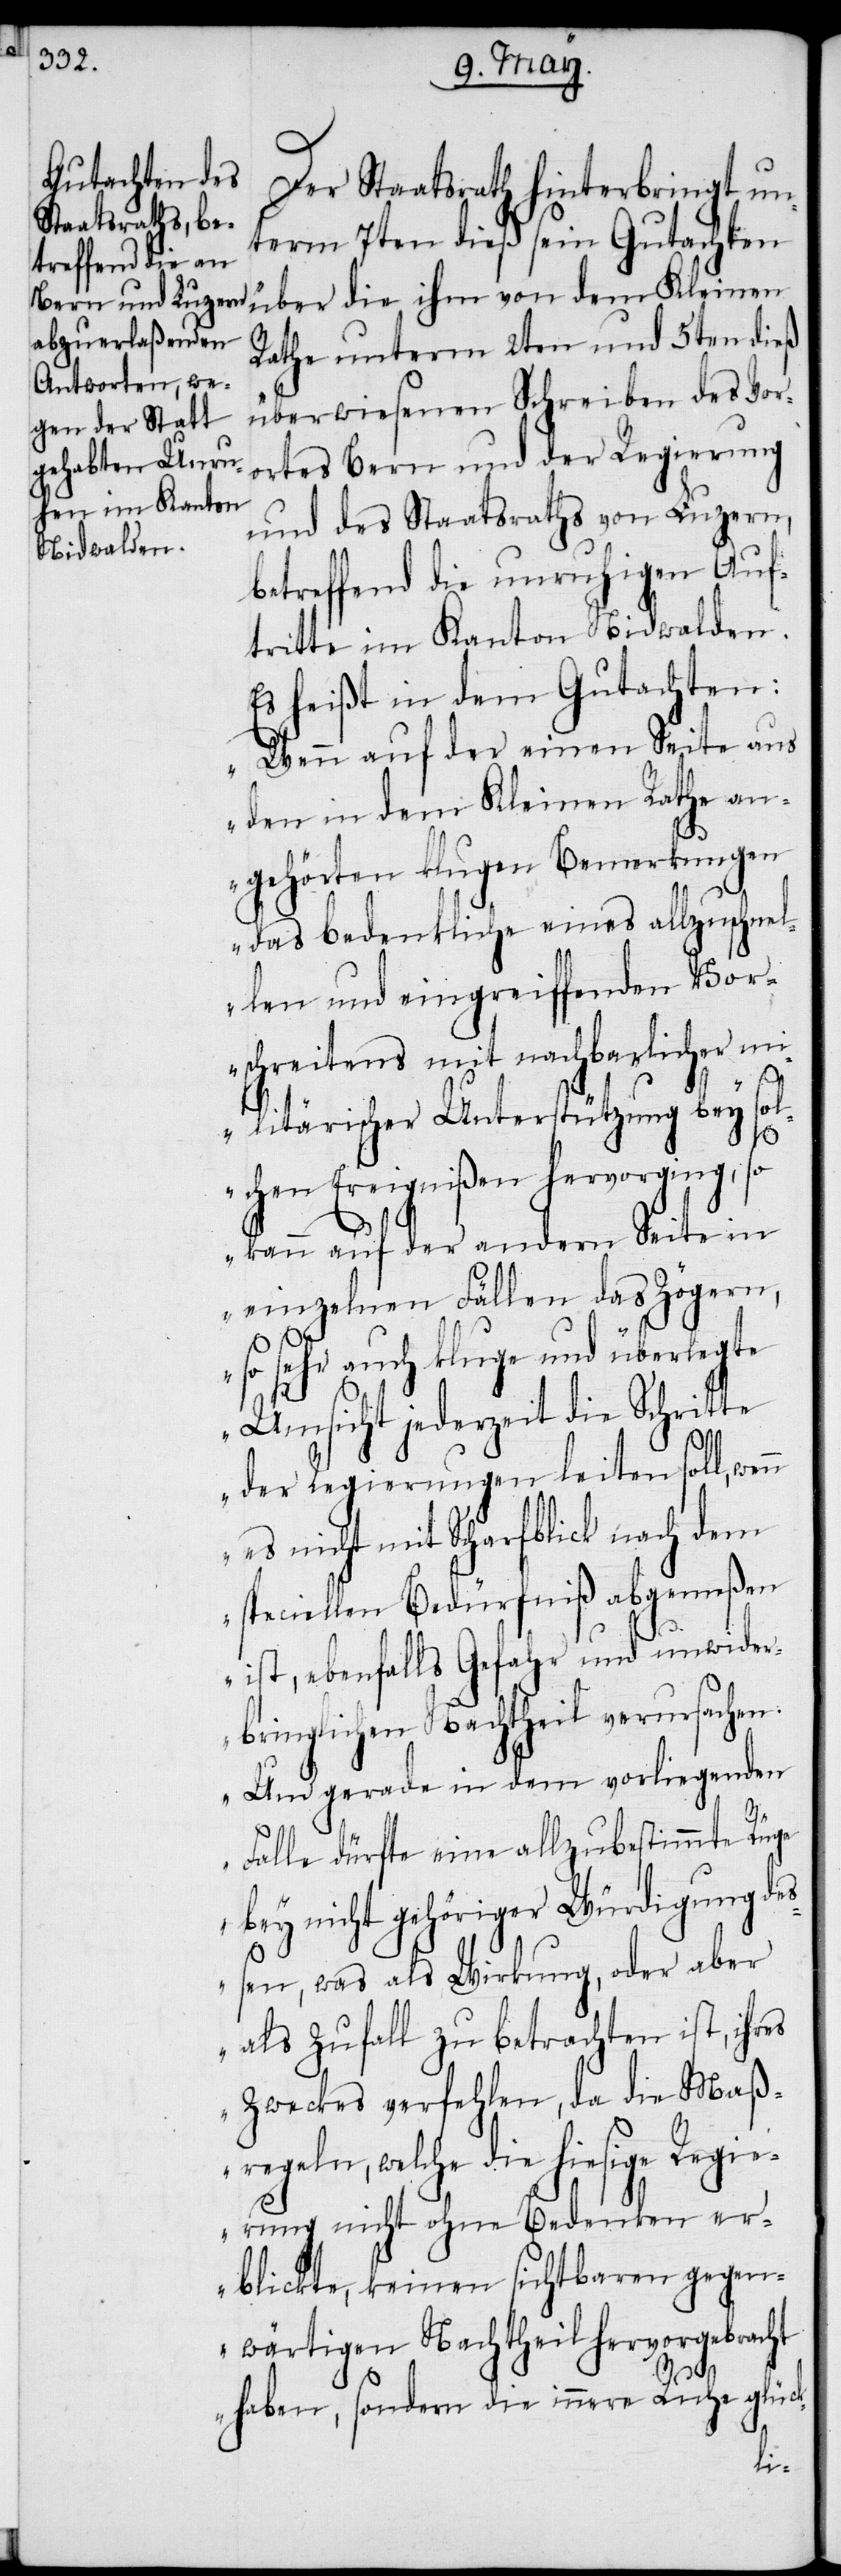
Der Staatsrath hinterbringt un¬
term 7ten dieß sein Gutachten
über die ihm von dem Kleinen
Rathe unterm 2ten und 5ten dieß
überwiesenen Schreiben des Vor¬
ortes Bern und der Regierung
und des Staatsraths von Luzern,
betreffend die unruhigen Auf¬
tritte im Kanton Nidwalden.
Es heißt in dem Gutachten:
„Wenn auf der einen Seite aus
den in dem Kleinen Rathe an¬
gehörten klugen Bemerkungen
das bedenkliche eines allzuschnel¬
len und eingreiffenden Vor¬
schreitens mit nachbarlicher m¬
ilitärischer Unterstützung bey sol¬
chen Ereignißen hervorging, so
kann auf der andern Seite in
einzelnen Fällen das Zögern,
so sehr auch kluge und überlegte
Umsicht jederzeit die Schritte
der Regierungen leiten soll,
es nicht mit Scharfblick nach dem
speciellen Bedürfniß abgemeßen
ist, ebenfalls Gefahr und unwider¬
bringlichen Nachtheil verursachen.
Und gerade in dem vorliegenden
Falle dürfte eine allzubestimmte Rüge
bey nicht gehöriger Würdigung de¬
ßen, was als Wirkung, oder aber
als Zufall zu betrachten ist, ihres
Zweckes verfehlen, da die Maß¬
regeln, welche die hiesige Regie¬
rung nicht ohne Bedenken er¬
blickte, keinen sichtbaren gegen¬
wärtigen Nachtheil hervorgebracht
haben, sondern die innere Ruhe glück-